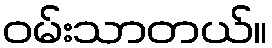
ဝမ်းသာတယ်။